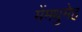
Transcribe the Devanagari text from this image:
मेंमधुमेह